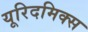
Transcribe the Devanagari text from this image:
यूरिदमिक्स